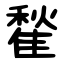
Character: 䨂